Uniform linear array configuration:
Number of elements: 8
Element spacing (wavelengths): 1
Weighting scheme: kaiser
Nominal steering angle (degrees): -30
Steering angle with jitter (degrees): -29.882
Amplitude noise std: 0.05
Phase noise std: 0.05

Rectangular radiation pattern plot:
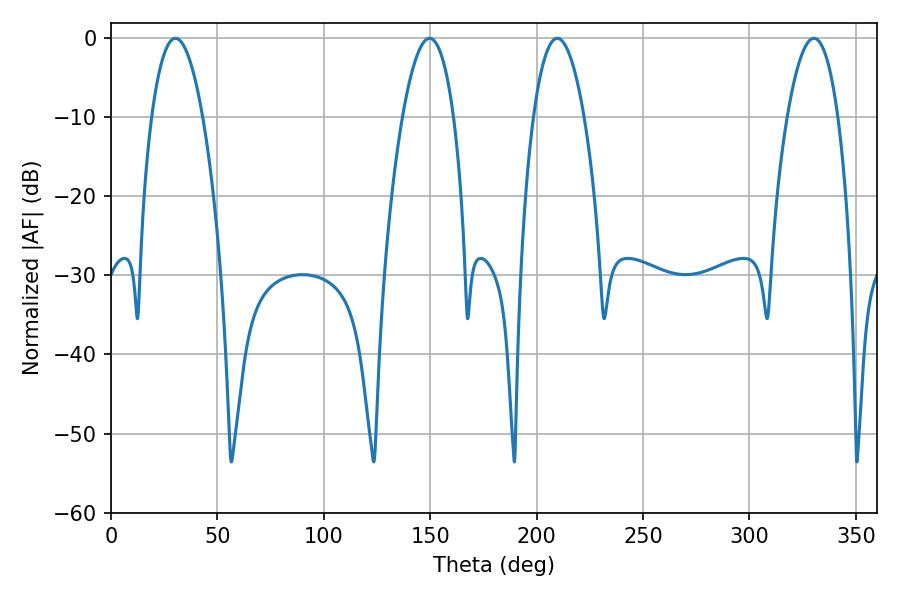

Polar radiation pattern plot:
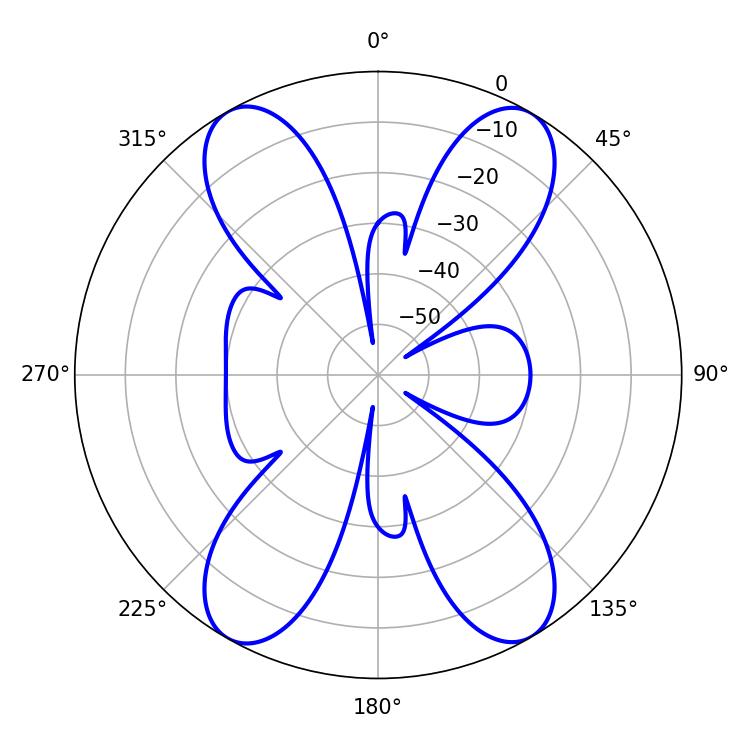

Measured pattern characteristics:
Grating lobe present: TRUE
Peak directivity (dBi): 25.458
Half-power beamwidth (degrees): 13.14
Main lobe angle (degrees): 209.7